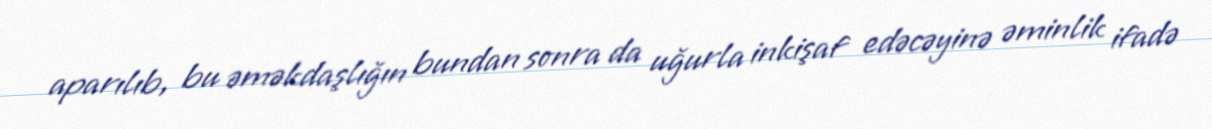
aparılıb, bu əməkdaşlığın bundan sonra da uğurla inkişaf edəcəyinə əminlik ifadə